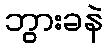
ဘွားခနဲ